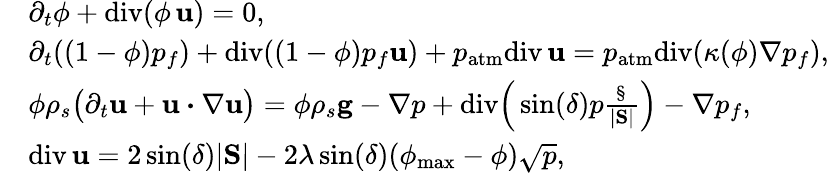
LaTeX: \begin{array}{rl}&{\partial_{t}\phi+\mathrm{div}(\phi\, {\mathbf u})=0,}\\ &{\partial_{t}((1-\phi)p_{f})+\mathrm{div}((1-\phi)p_{f}{\mathbf u})+p_{\mathrm{atm}}\mathrm{div}\, {\mathbf u}=p_{\mathrm{atm}}\mathrm{div}(\kappa(\phi)\nabla p_{f}),}\\ &{\phi\rho_{s}\big(\partial_{t}{\mathbf u}+{\mathbf u}\boldsymbol{\cdot}\nabla{\mathbf u}\big)=\phi\rho_{s}{\mathbf g}-\nabla p+\mathrm{div}\Big(\sin(\delta)p\frac{\S}{|\mathrm{\mathbf S}|}\Big)-\nabla p_{f},}\\ &{\mathrm{div}\, {\mathbf u}=2\sin(\delta)|\mathrm{\mathbf S}|-2\lambda\sin(\delta)(\phi_{\mathrm{max}}-\phi)\sqrt{p},}\end{array}